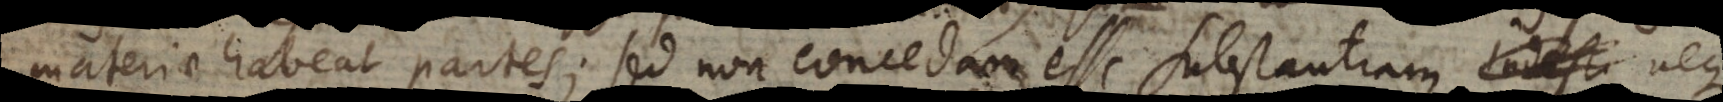
materiae habeat partes; sed non concedam esse substantiam nequ